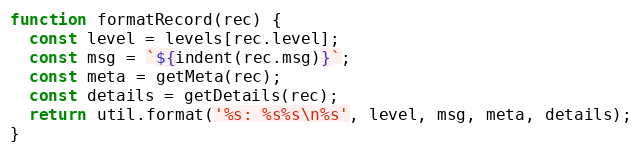
Language: JavaScript
function formatRecord(rec) {
  const level = levels[rec.level];
  const msg = `${indent(rec.msg)}`;
  const meta = getMeta(rec);
  const details = getDetails(rec);
  return util.format('%s: %s%s\n%s', level, msg, meta, details);
}